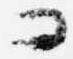
コ